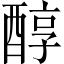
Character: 醇